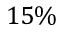
1 5 \%